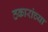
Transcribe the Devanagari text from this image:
ठकारांच्या